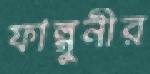
ফাল্গুনীর